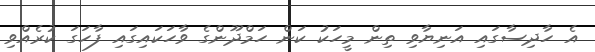
އެ ހާދިސާގައި އަނިޔާވި ތިން މީހަކު ކަން ހަމްދޫންގެ ވާހަކައިގައި ފާހަގަ ކުރެއްވި